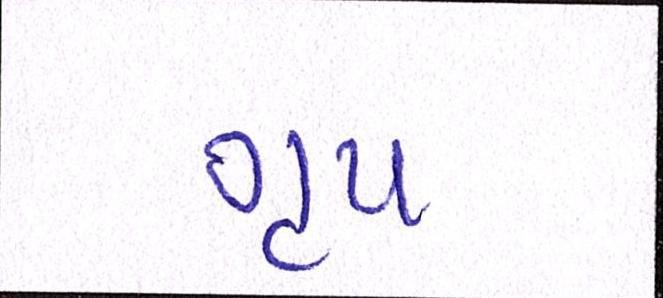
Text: ગૃપ